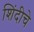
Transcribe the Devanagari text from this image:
शिंदीचे